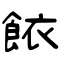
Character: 餏